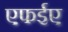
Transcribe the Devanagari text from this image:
एफईए